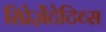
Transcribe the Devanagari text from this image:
रिप्रेज़ेंटेटिव्स